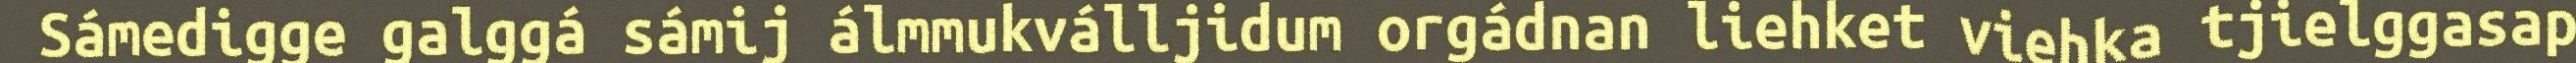
Sámedigge galggá sámij álmmukválljidum orgádnan liehket viehka tjielggasap